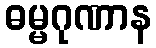
ဓမ္မဂုဏာန